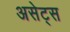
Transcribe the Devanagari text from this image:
असेट्स